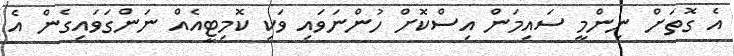
އެ ގޮތަށް ނިންމީ ސައިމަން އިސްކޮށް ހުންނަވައި ވަކި ކޮމިޓީއެއް ނަންގަވައިގެން އެ